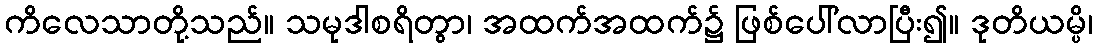
ကိလေသာတို့သည်။ သမုဒါစရိတွာ၊ အထက်အထက်၌ ဖြစ်ပေါ်လာပြီး၍။ ဒုတိယမ္ပိ၊